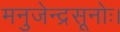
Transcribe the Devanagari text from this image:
मनुजेन्द्रसूनोः।